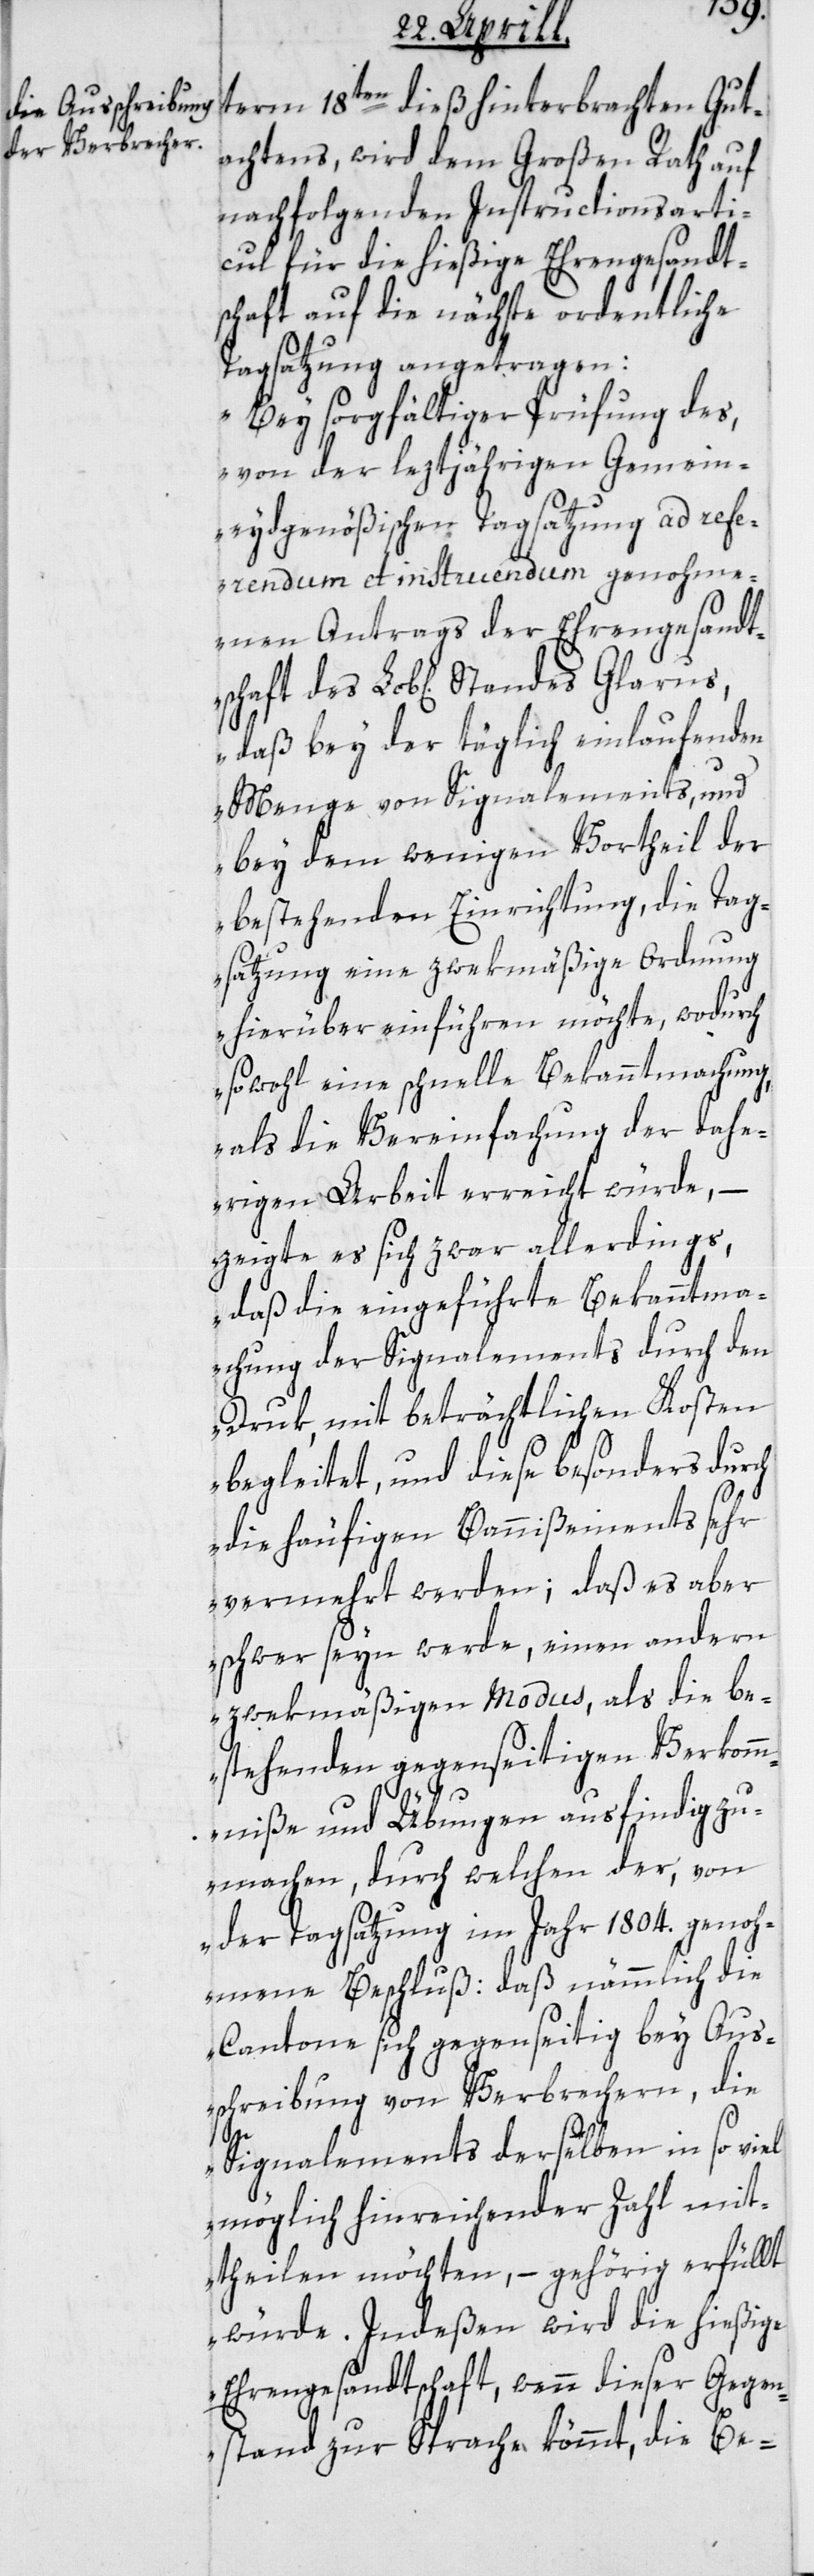
term 18ten die hinterbrachten Gut¬
achtens, wird dem Großen Rath auf
nachfolgenden Instructionsarti¬
cul für die hießige Ehrengesandt¬
schaft auf die nächste ordentliche
Tagsatzung angetragen:
„Bey sorgfältiger Prüffung des,
von der leztjährigen Gemein¬
eydgenößischen Tagsatzung ad refe¬
rendum et instruendum genohme¬
nen Antrags der Ehrengesandts¬
daß bey der täglich einlaufenden
Menge von Signalements, und
bey dem wenigen Vortheil der
bestehenden Einrichtung, die Tag¬
satzung eine zwekmäßige Ordnung
hierüber einführen möchte, wodurch
sowohl eine schnelle Bekanntmachung,
als die Vereinfachung der dahe¬
rigen Arbeit erreicht würde, –
zeigte es sich zwar allerdings,
daß die eingeführte Bekanntma¬
chung der Signalements durch den
Druk, mit beträchtlichen Kosten
begleitet, und diese besonders durch
die häufigen Bannißements sehr
vermehrt werden; daß es aber
schwer seyn werde, einen andern
zwekmäßigen Modus, als die be¬
stehenden gegenseitigen Verkomm¬
niße und Übungen ausfindig zu
machen, durch welchen der, von
der Tagsatzung im Jahr 1804. genoh¬
mene Beschluß: daß nämmlich die
Cantone sich gegenseitig bey Aus¬
schreibung von Verbrechern, die
chaft
Signalements derselben in so viel
möglich hinreichender Zahl mit¬
theilen möchten, – gehörig erfüllt
würde. Indeßen wird die hießige
Ehrengesandtschaft, wenn dieser Gegen¬
stand zu Sprache kömmt, die Be-